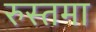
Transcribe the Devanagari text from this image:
रुस्तमा